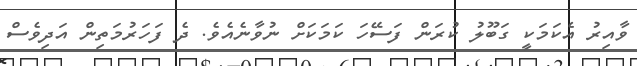
ވާއިރު އެކަމަކީ ގަބޫލު ކުރަން ފަސޭހަ ކަަމަކަށް ނުވާނެއެވެ. ދެ ފަހަރުމަތިން އަދިވެސް